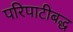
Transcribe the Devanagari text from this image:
परिपाटीबद्ध